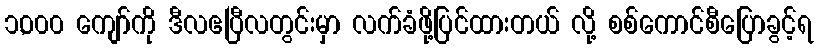
၁,၀၀၀ ကျော်ကို ဒီလဧပြီလတွင်းမှာ လက်ခံဖို့ပြင်ထားတယ် လို့ စစ်ကောင်စီပြောခွင့်ရ